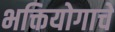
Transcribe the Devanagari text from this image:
भक्तियोगाचे